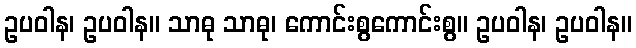
ဥပဝါန၊ ဥပဝါန။ သာဓု သာဓု၊ ကောင်းစွကောင်းစွ။ ဥပဝါန၊ ဥပဝါန။